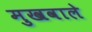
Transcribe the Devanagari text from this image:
मुखवाले